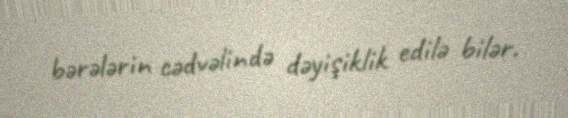
bərələrin cədvəlində dəyişiklik edilə bilər.